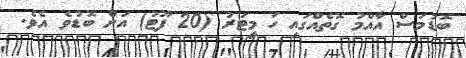
ބޮޑުމަސް އާއްމު ގޮތެއްގައި ހަ މީޓަރު (20 ފޫޓު) އަށް ބޮޑުވެ އެވެ.